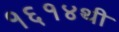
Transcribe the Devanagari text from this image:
१६१४थी